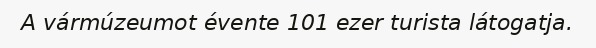
A vármúzeumot évente 101 ezer turista látogatja.